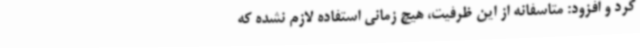
کرد و افزود: متاسفانه از این ظرفیت، هیچ زمانی استفاده لازم نشده که